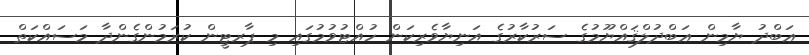
ޢަބްދު ޔާމިން ޢަބްދުލްޤައްޔޫމުގެ ސަރުކާރުގެ އަނިޔާވެރިކަން ހުއްޓުވުމުގައި މި ޕާރޓީން ކުރަމުންގެންދާ މަސައްކަތް